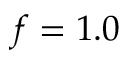
f = 1 . 0